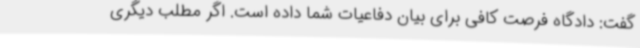
گفت: دادگاه فرصت کافی برای بیان دفاعیات شما داده است. اگر مطلب دیگری